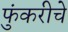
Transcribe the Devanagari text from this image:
फुंकरीचे